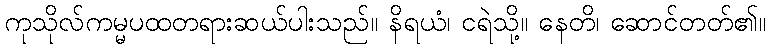
ကုသိုလ်ကမ္မပထတရားဆယ်ပါးသည်။ နိရယံ၊ ငရဲသို့။ နေတိ၊ ဆောင်တတ်၏။